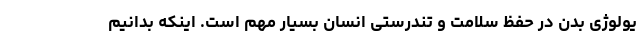
یولوژی بدن در حفظ سلامت و تندرستی انسان بسیار مهم است. اینکه بدانیم